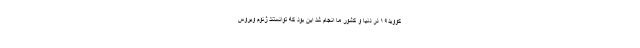
کووید۱۹ در دنیا و کشور ما انجام شد این بود که توانستند ژنوم ویروس